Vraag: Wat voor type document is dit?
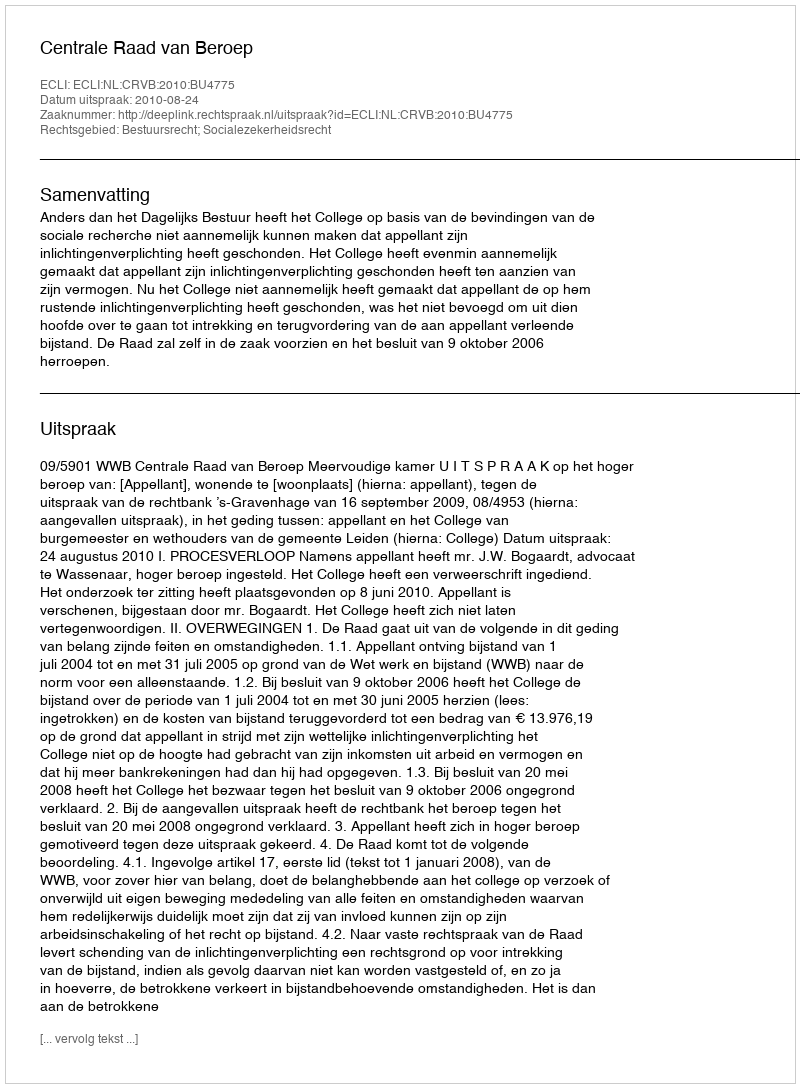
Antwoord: Uitspraak